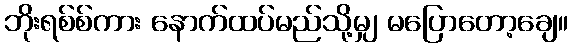
ဘိုးရစ်စ်ကား နောက်ထပ်မည်သို့မျှ မပြောတော့ချေ။